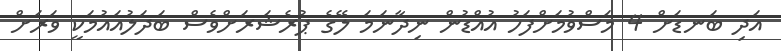
އަދި ބަނޑަށް 4 މަސްވުމަށްފަހު އުއްޑުން ނިދާނަމަ ލޭގެ ޕުރެޝަރަށްވެސް ބަދަލުއައުމަކީ ވަރަށް